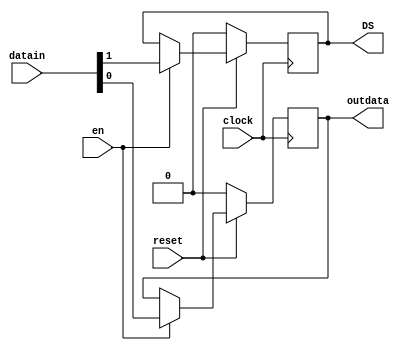
module flipsdataw(
    input en,clock,reset,
    input [1:0] datain,
    output reg  outdata,
	 output reg DS
    );
	 
	 //reg es1,es2;
	 always @ (posedge clock) begin
		
		if (!reset) begin
			DS<=0;
			outdata<=0;
			//es1<=0;
			//es2<=0;
		end
		

		else if (en) begin
			outdata<=datain[0];
			DS<=datain[1];
			//es1<=datain[0];
			//es2<=datain[1];
			
		end
	end

endmodule